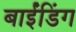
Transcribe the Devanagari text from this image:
बाईंडिंग